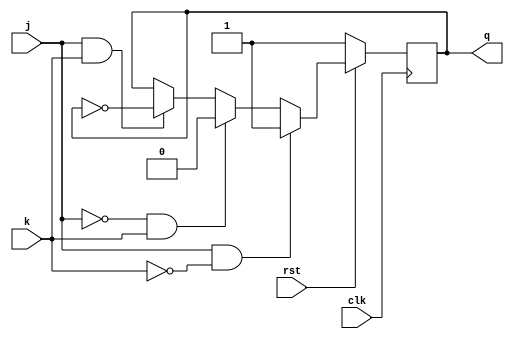
module jkff_async_rst(j, k, clk, rst, q);
    input j;
    input k;
    input clk;
    input rst;
    output reg q;

    always @(posedge clk) begin
        if(!rst) q <= 1'b01;
        else if(j == 1'b1 && k == 1'b0) q <= 1'b1;
        else if(j == 1'b0 && k == 1'b1) q <= 1'b0;
        else if(j == 1'b1 && k == 1'b1) q <= ~q;
        else q <= q;
    end
endmodule